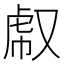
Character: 𧆤